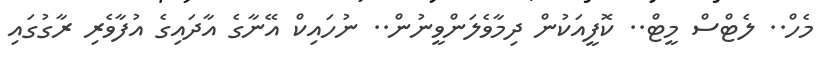
މެހް.. ލެޓްސް މީޓް.. ކޮފީއަކުން ދިމާވެލަންވީނުން.. ނުހައިކް އޭނާގެ އާދައިގެ އުފާވެރި ރާގުގައި